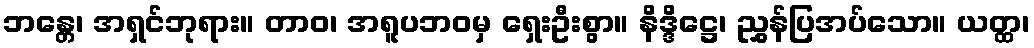
ဘန္တေ၊ အရှင်ဘုရား။ တာဝ၊ အရူပဘဝမှ ရှေးဦးစွာ။ နိဒ္ဒိဋ္ဌေ၊ ညွှန်ပြအပ်သော။ ယတ္ထ၊